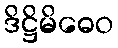
ဒိဋ္ဌိမိဓေဝ